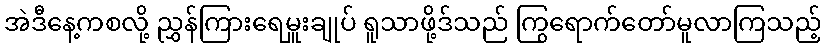
အဲဒီနေ့ကစလို့ ညွှန်ကြားရေမှူးချုပ် ရူသာဖို့ဒ်သည် ကြွရောက်တော်မူလာကြသည့်